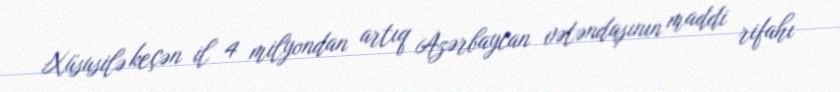
Xüsusilə keçən il 4 milyondan artıq Azərbaycan vətəndaşının maddi rifahı